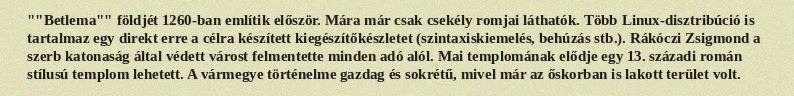
""Betlema"" földjét 1260-ban említik először. Mára már csak csekély romjai láthatók. Több Linux-disztribúció is tartalmaz egy direkt erre a célra készített kiegészítőkészletet (szintaxiskiemelés, behúzás stb.). Rákóczi Zsigmond a szerb katonaság által védett várost felmentette minden adó alól. Mai templomának elődje egy 13. századi román stílusú templom lehetett. A vármegye történelme gazdag és sokrétű, mivel már az őskorban is lakott terület volt.